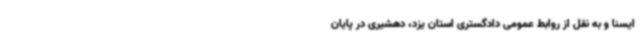
ایسنا و به نقل از روابط عمومی دادگستری استان یزد، دهشیری در پایان